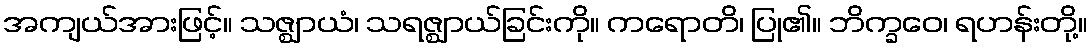
အကျယ်အားဖြင့်။ သဇ္ဈာယံ၊ သရဇ္ဈာယ်ခြင်းကို။ ကရောတိ၊ ပြု၏။ ဘိက္ခဝေ၊ ရဟန်းတို့။